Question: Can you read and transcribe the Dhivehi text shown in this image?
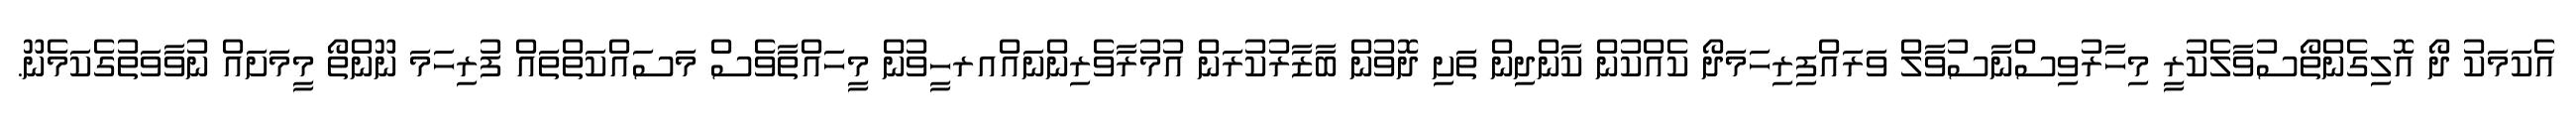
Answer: އެކަމަކު ދޯ އޮލިގެންތޯސުވާލެކުރީ މިހާރުވިސްނާސުވާލް ވަރައްފިރިހަމަދޯ ކެއްކުން ކާންދިން ތަށި ދޮވުން ބާޒާރުކުރަން އުމުރާވެރިންނައްއރހީވުން މީހައްތާވެސް މަސައްކަތްތައް ފުރިހަމަ ނޫންތޯ މީމަށައް ނުވާވަތުގެކަމެނޫ.